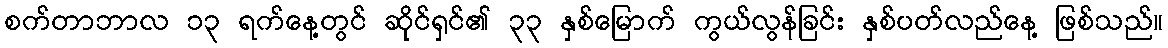
စက်တာဘာလ ၁၃ ရက်နေ့တွင် ဆိုင်ရှင်၏ ၃၃ နှစ်မြောက် ကွယ်လွန်ခြင်း နှစ်ပတ်လည်နေ့ ဖြစ်သည်။